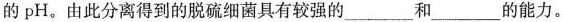
的pH。由此分离得到的脱硫细菌具有较强的___和___的能力。